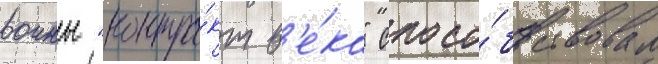
воины "контра́кт в'е́ка" спосо́бствовал